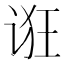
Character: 诳